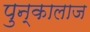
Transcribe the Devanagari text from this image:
पुन्कालाज